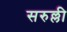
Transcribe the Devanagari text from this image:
सरुल्ली